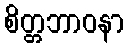
စိတ္တဘာဝနာ